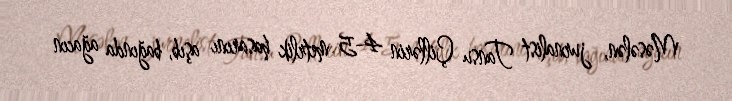
Məsələn, jurnalist Tansu Çillərin 4-5 metrlik hasarını aşıb, bağında ağacın